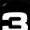
Digit: 3